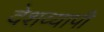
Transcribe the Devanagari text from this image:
देशव्‍यापी